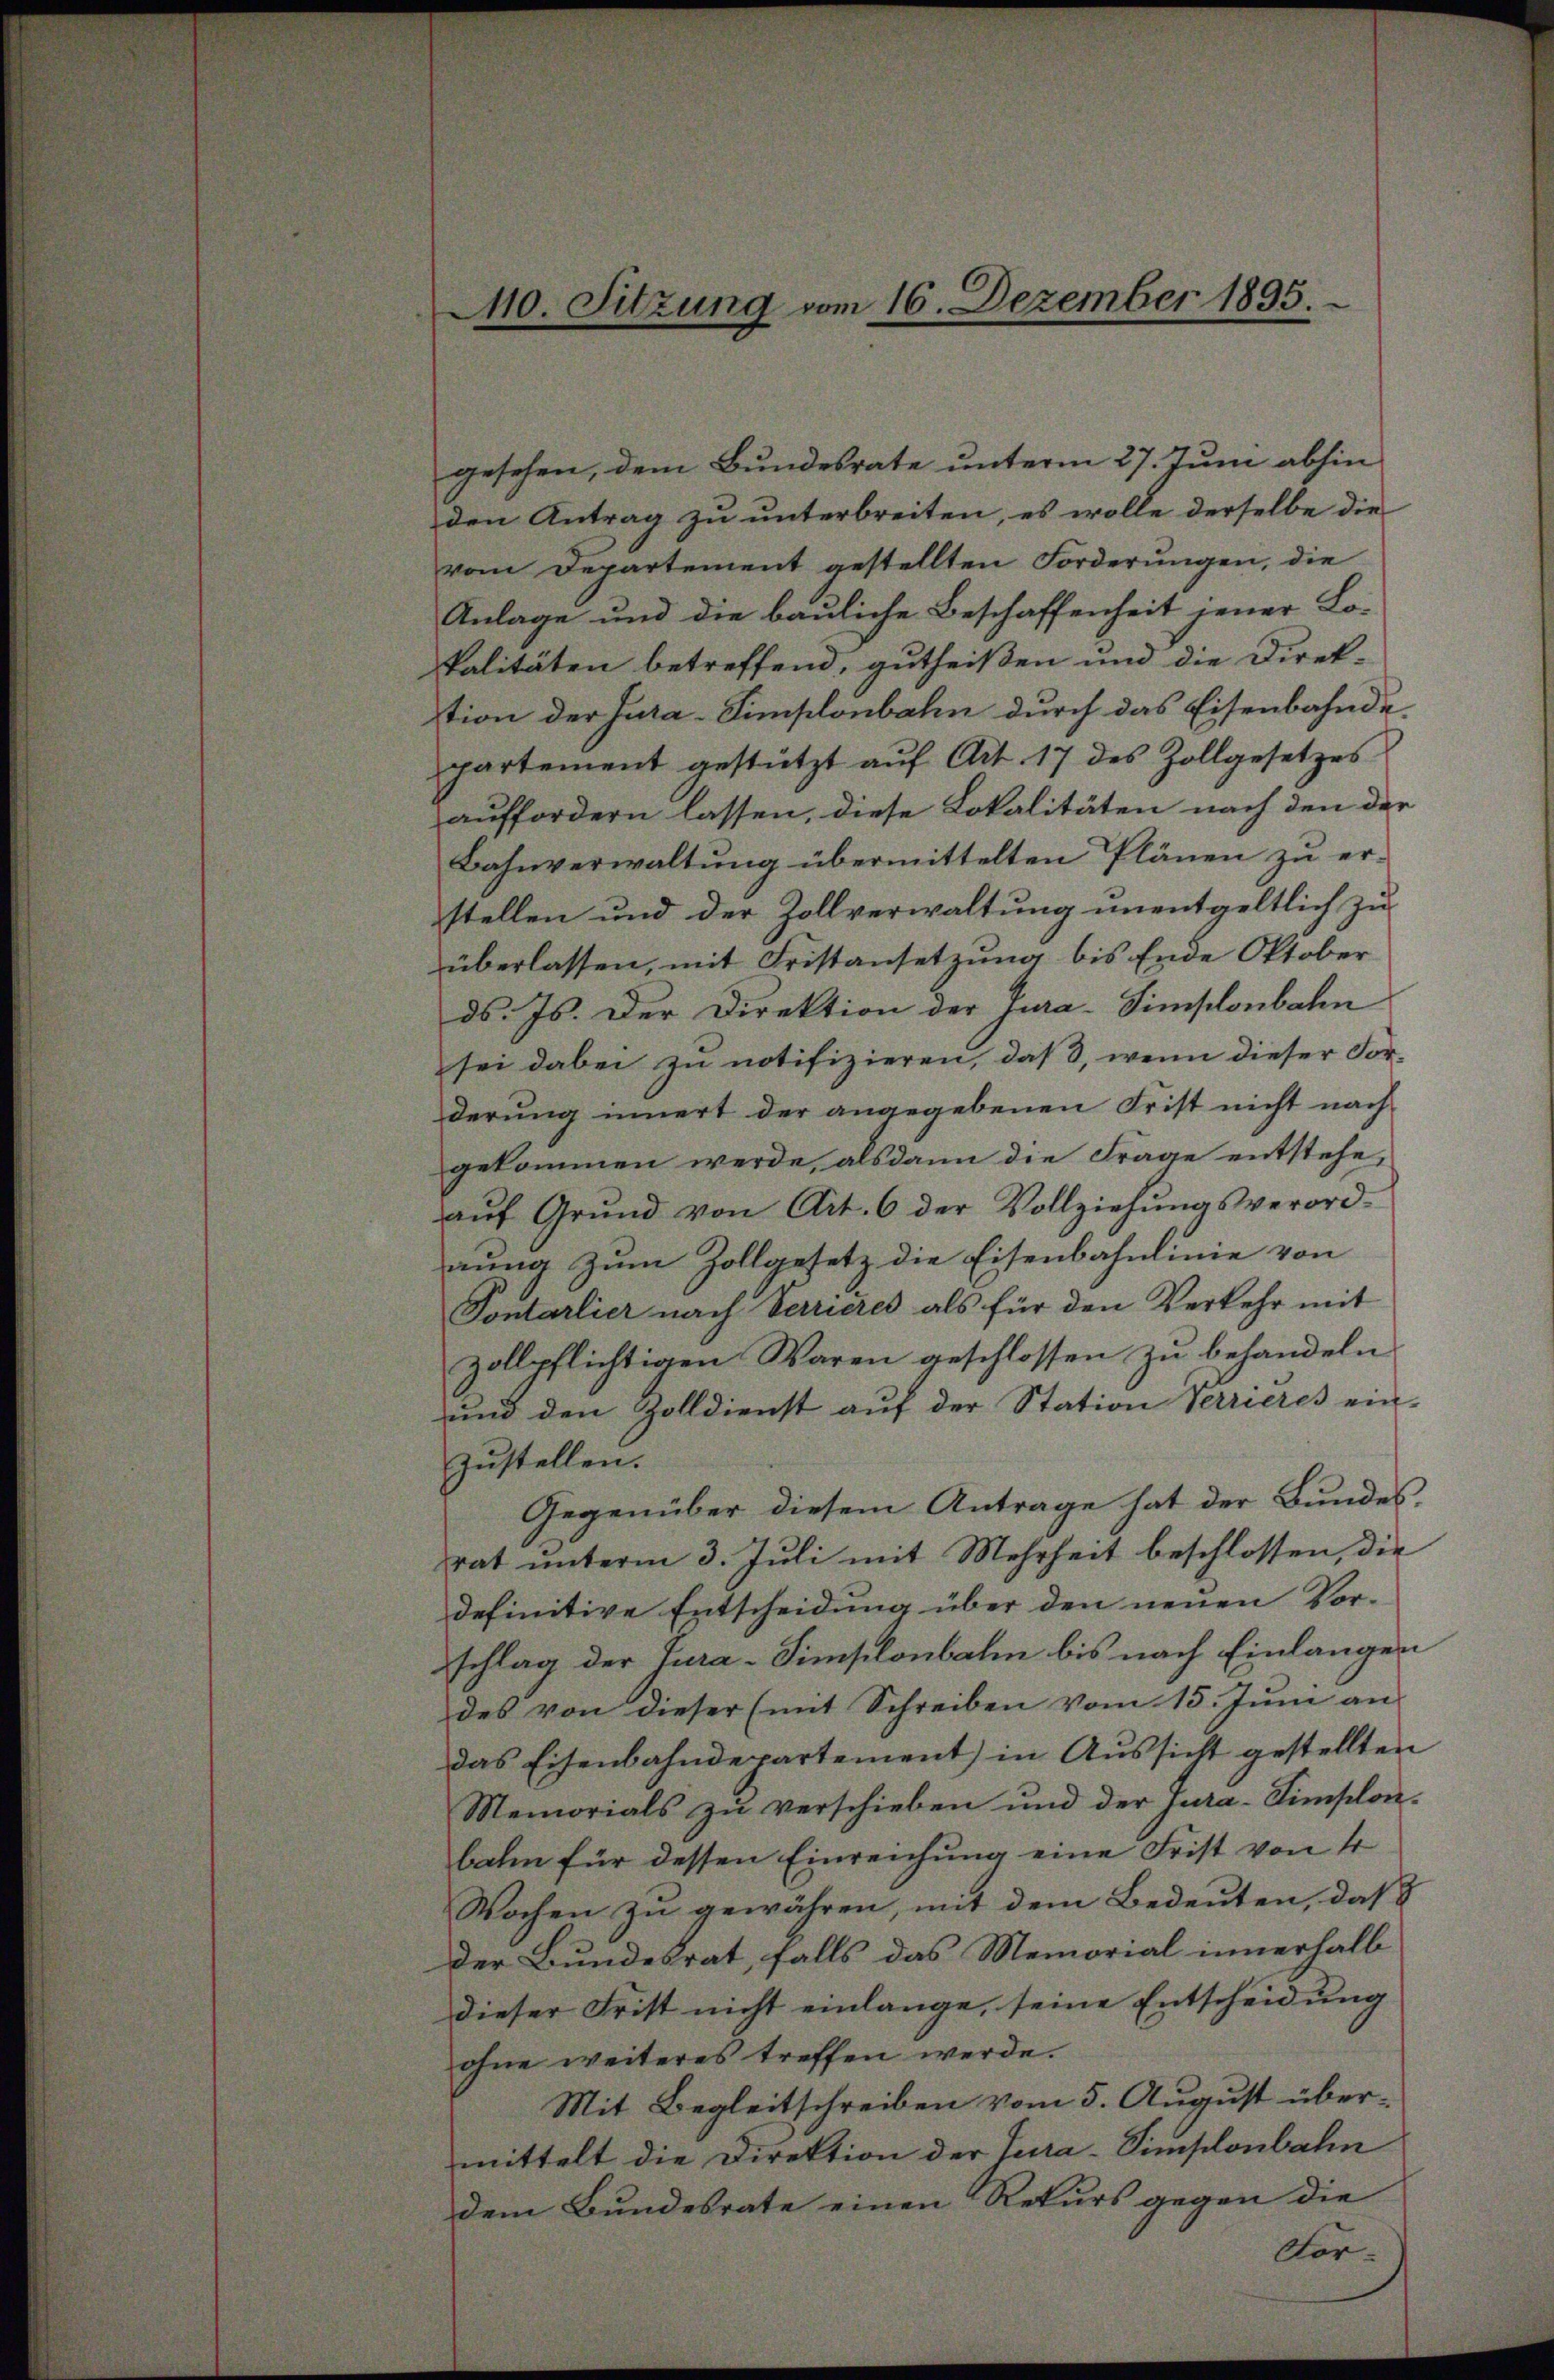
gesehen, dem Bundesrate unterm 27. Juni abhin
den Antrag zu unterbreiten, es wolle derselbe die
vom Departement gestellten Forderungen, die
Anlage und die bauliche Beschaffenheit jener Lo-
palitäten betreffend, gutheißen und die Direktion der Jura-Simplonbahn durch das Eisenbahndepartement gestützt aŭf Art. 17 des Zollgesetzes
auffordern lassen, diese Lokalitäten nach den der
Bahnverwaltung übermittelten Plänen zu erstellen und der Zollverwaltung unentgeltlich zu
überlassen, mit Fristansetzung bis Ende Oktober
ds. Js. Der Direktion der Jura-Simplonbahn
sei dabei zu notifizieren, daß, wenn dieser For-
derung innert der angegebenen Frist nicht nach
gekommen werde, alsdann die Frage entstehe,
aŭf Grŭnd von Art. 6 der Vollziehŭngsverord-
nung zum Zollgesetz die Eisenbahnlinie von
Sontarlier nach Verrieres als für den Verkehr mit
zollpflichtigen Waren geschlossen zu behandeln
und den Zolldienst auf der Station Verrieres ein-
zustellen.
Gegenüber diesem Antrage hat der Bundesrat unterm 3. Juli mit Mehrheit beschlossen, die
definitive Entscheidung über den neuen Vor-
schlag der Tura-Simplonbalm bis nach Einlangen
des von dieser (mit Schreiben vom 15. Juni an
das Eisenbahndepartement) in Aŭssicht gestellten
Memorials zu verschieben und der Jura-Simplonbahn für dessen Einreichung eine Frist von 4
Wochen zu gewähren, mit dem Bedeuten, daß
der Bundesrat, falls das Memorial innerhalb
dieser Frist nicht einlange, seine Entscheidung
ohne weiteres treffen werde.
Mit Begleitschreiben vom 5. August übermittelt die Direktion der Tura-Simplonbahn
dem Bundesrate einen Rekurs gegen die
For¬

0. Sitzung vom 16. Dezember 1895.